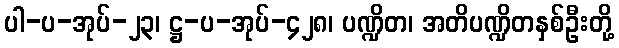
ပါ-ပ-အုပ်-၂၃၊ ဋ္ဌ-ပ-အုပ်-၄၂၈၊ ပဏ္ဍိတ၊ အတိပဏ္ဍိတနှစ်ဦးတို့